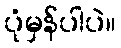
ပုံမှန်ပါပဲ။